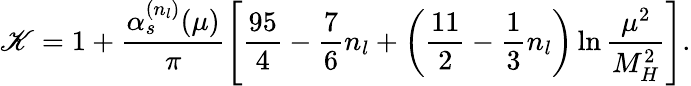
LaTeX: \mathscr{K}=1+\frac{{\alpha_{s}^{(n_{l})}(\mu)}}{{\pi}}\left[\frac{{95}}{{4}}-\frac{{7}}{{6}}n_{l}+\left(\frac{{11}}{{2}}-\frac{{1}}{{3}}n_{l}\right)\ln\frac{{\mu^{2}}}{{M_{H}^{2}}}\right].